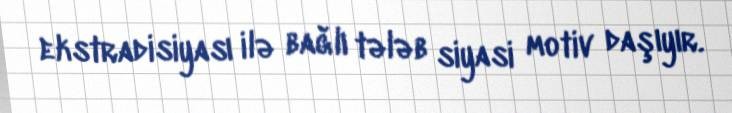
ekstradisiyası ilə bağlı tələb siyasi motiv daşıyır.